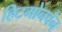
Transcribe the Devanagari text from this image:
हिटमोनचैन